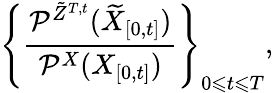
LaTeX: \left\{ \frac{\mathcal{P}^{\tilde{Z}^{T,t}}(\widetilde{X}_{[0,t]})}{\mathcal{P}^{X}(X_{[0,t]})}\right\} _{0\leqslant t\leqslant T},